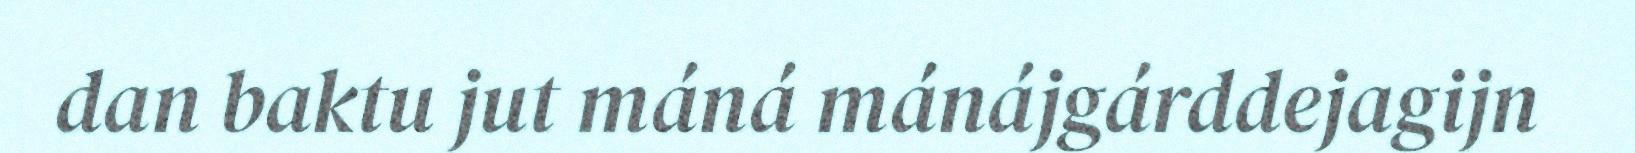
dan baktu jut máná mánájgárddejagijn